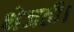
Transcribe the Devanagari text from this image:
भेजती।